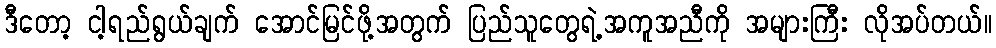
ဒီတော့ ငါ့ရည်ရွယ်ချက် အောင်မြင်ဖို့အတွက် ပြည်သူတွေရဲ့အကူအညီကို အများကြီး လိုအပ်တယ်။